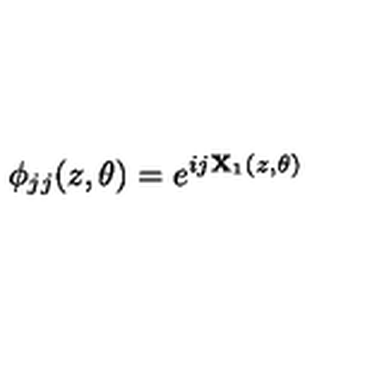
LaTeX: \phi _ { j j } ( z , \theta ) = e ^ { i j { \bf X } _ { 1 } ( z , \theta ) }